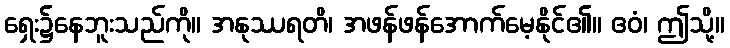
ရှေး၌နေဘူးသည်ကို။ အနုဿရတိ၊ အဖန်ဖန်အောက်မေ့နိုင်၏။ ဧဝံ၊ ဤသို့။